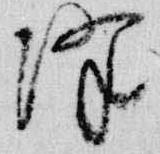
降